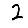
Digit: 2